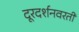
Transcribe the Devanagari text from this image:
दूरदर्शनवरती